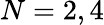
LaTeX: N=2,4